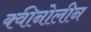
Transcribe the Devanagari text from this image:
क्वीनोलीन